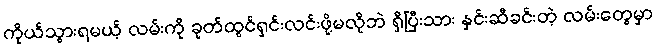
ကိုယ်သွားရမယ့် လမ်းကို ခုတ်ထွင်ရှင်းလင်းဖို့မလိုဘဲ ရှိပြီးသား နှင်းဆီခင်းတဲ့ လမ်းတွေမှာ